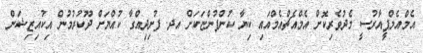
އެމްއެމްޕީއާރުސީ މެދުވެރިކޮށް އެމްއެޗްއެމްއައި ކިޔާ ކުންފުންޏަކަށް އދ. ފުށިދިއްގާ ކުއްޔަށް ދޫކުރުމުން އިކުއިޒިޝަން